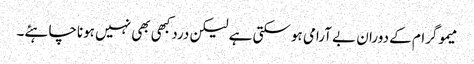
میموگرام کے دوران بے آرامی ہوسکتی ہے لیکن دردکبھی بھی نہیں ہوناچاہئے۔